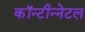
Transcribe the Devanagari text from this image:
कॉन्टीन्नेटल